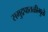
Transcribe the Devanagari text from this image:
समुद्रपातळीमुळे